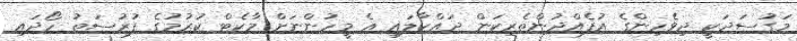
މަގުސަދަކީ ދިވެހިންގެ އުފެއްދުންތެރިކަން ދައްކާލައި އެ މީހުންނަށް މާކެޓް ކުރުމުގެ ފުރުސަތު ހޯދައި